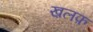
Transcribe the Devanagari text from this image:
ख़लफ़